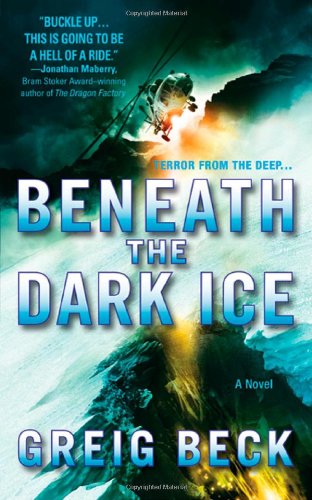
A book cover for Beneath the Dark Ice; Greig Beck; Literature & Fiction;